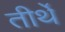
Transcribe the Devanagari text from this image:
तीर्थें